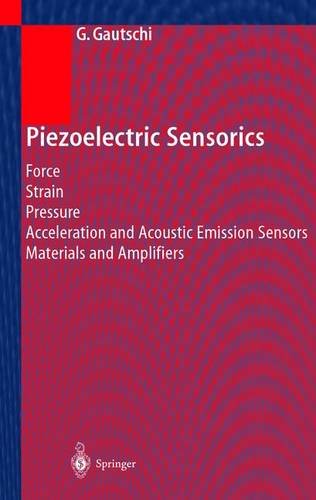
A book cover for Piezoelectric Sensorics; Gustav Gautschi; Science & Math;